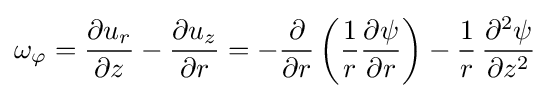
\omega _{\varphi }={\frac {\partial u_{r}}{\partial z}}-{\frac {\partial u_{z}}{\partial r}}=-{\frac {\partial }{\partial r}}\left({\frac {1}{r}}{\frac {\partial \psi }{\partial r}}\right)-{\frac {1}{r}}\,{\frac {\partial ^{2}\psi }{\partial z^{2}}}